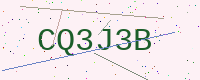
Text: CQ3J3B